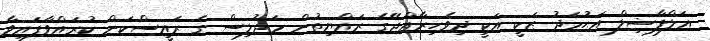
އަލްފާޟިލް އަޙުމަދު ޒަކީ އަކީ ދިވެހިރާއްޖޭގެ ރައްޔިތުން މަޖުލިސް ގެ ރައީސްކަން ކުރައްވާފައިވާ